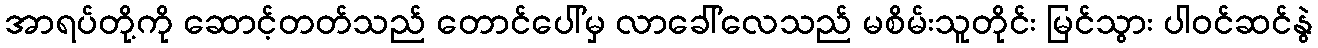
အာရပ်တို့ကို ဆောင့်တတ်သည် တောင်ပေါ်မှ လာခေါ်လေသည် မစိမ်းသူတိုင်း မြင်သွား ပါဝင်ဆင်နွဲ